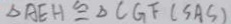
\Delta A E H \cong \Delta C G F ( S A S )